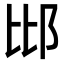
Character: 𨚍